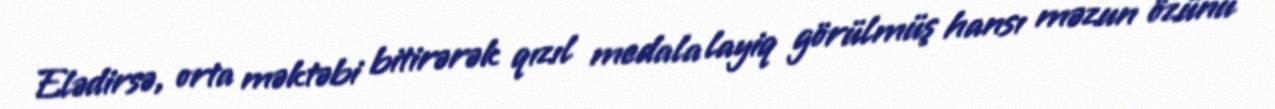
Elədirsə, orta məktəbi bitirərək qızıl medala layiq görülmüş hansı məzun özünü